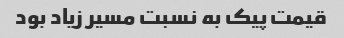
قیمت پیک به نسبت مسیر زیاد بود